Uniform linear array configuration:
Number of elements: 16
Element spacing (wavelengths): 1
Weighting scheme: exponential
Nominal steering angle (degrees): -15
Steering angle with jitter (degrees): -15.143
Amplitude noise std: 0.05
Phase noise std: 0.05

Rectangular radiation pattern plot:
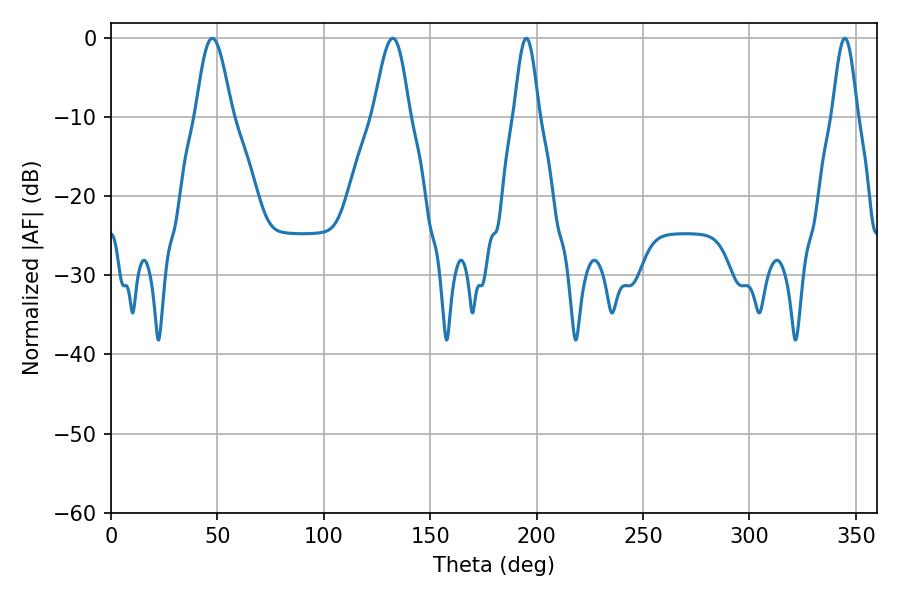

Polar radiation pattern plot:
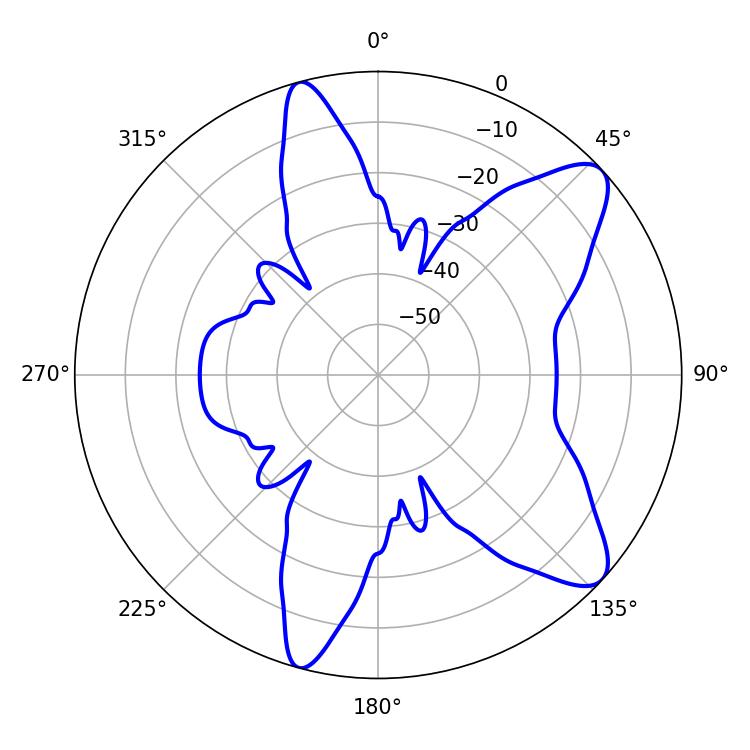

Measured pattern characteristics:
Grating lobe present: TRUE
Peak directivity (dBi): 9.761
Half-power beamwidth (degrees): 6.3
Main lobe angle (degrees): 195.12